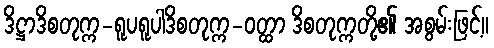
ဒိဋ္ဌာဒိစတုက္က-ရူပရူပါဒိစတုက္က-ဝတ္ထာ ဒိစတုက္ကတို့၏ အစွမ်းဖြင့်။